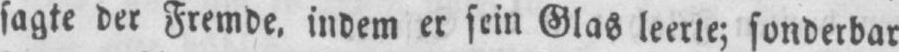
sagte der Fremde, indem er sein Glas leerte; sonderbar